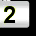
Digit: 2